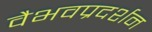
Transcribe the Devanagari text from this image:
वैभवप्रदर्शन